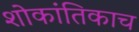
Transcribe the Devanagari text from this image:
शोकांतिकाच